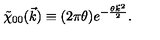
\tilde { \chi } _ { 0 0 } ( \vec { k } ) \equiv ( 2 \pi \theta ) e ^ { - \frac { \theta { \vec { k } } ^ { 2 } } { 2 } } .